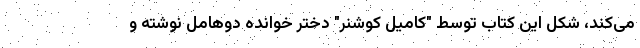
می‌کند، شکل این کتاب توسط "کامیل کوشنر" دختر خوانده دوهامل نوشته و